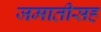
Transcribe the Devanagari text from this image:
जमातीसह